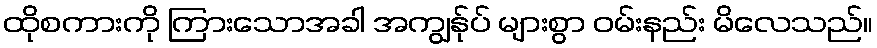
ထိုစကားကို ကြားသောအခါ အကျွန်ုပ် များစွာ ဝမ်းနည်း မိလေသည်။